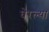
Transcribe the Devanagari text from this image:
घेरल्या